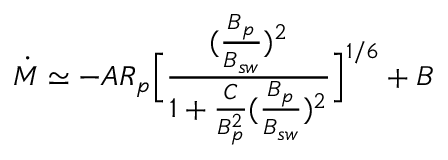
\dot { M } \simeq - A R _ { p } \Big [ \frac { ( \frac { B _ { p } } { B _ { s w } } ) ^ { 2 } } { 1 + \frac { C } { B _ { p } ^ { 2 } } ( \frac { B _ { p } } { B _ { s w } } ) ^ { 2 } } \Big ] ^ { 1 / 6 } + B